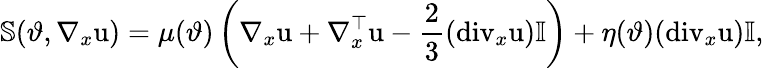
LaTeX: \mathbb{S}(\vartheta,\nabla_{x}\textbf{\textup{u}})=\mu(\vartheta)\left(\nabla_{x}\textbf{\textup{u}}+\nabla_{x}^{\top}\textbf{\textup{u}}-\frac{2}{3}(\mathrm{div}_{x}\textbf{\textup{u}})\mathbb{I}\right)+\eta(\vartheta)(\mathrm{div}_{x}\textbf{\textup{u}})\mathbb{I},